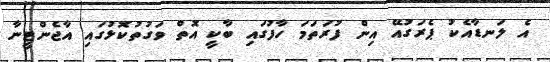
އެ ލަނޑާއެކު ޕެރަގުއޭ އިން ފުރަތަމަ ހާފުގައި ބާކީ އޮތް ވަގުތުކޮޅުގައި އާޖެންޓީނާ